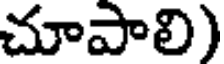
చూపాలి)